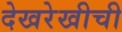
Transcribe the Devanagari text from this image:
देखरेखीची